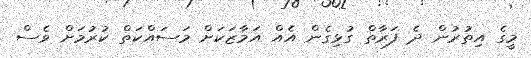
މީގެ އިތުރުން ދެ ފަރާތް ގުޅިގެން އެއް އަމާޒަކަށް މަސައްކަތް ކުރުމަށް ވެސް